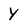
Character: Y